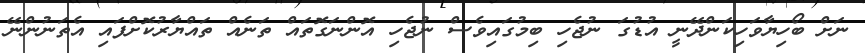
ނަށް ބޯހިޔާވަހިކަންދޭނީ އުޑުގަ ނުޖެހި ބިމުގައިވެސް ނުޖެހި އޮންނަގޮތައް ތަނެއް ތައްޔާރުކޮށްފައި އެތަނުންނޭ